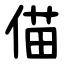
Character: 㑤